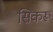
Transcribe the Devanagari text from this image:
सिकरू